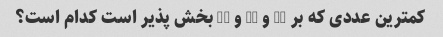
کمترین عددی که بر 12 و 15 و 18 بخش پذیر است کدام است؟